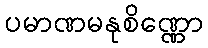
ပမာဏမနုစိဏ္ဏော